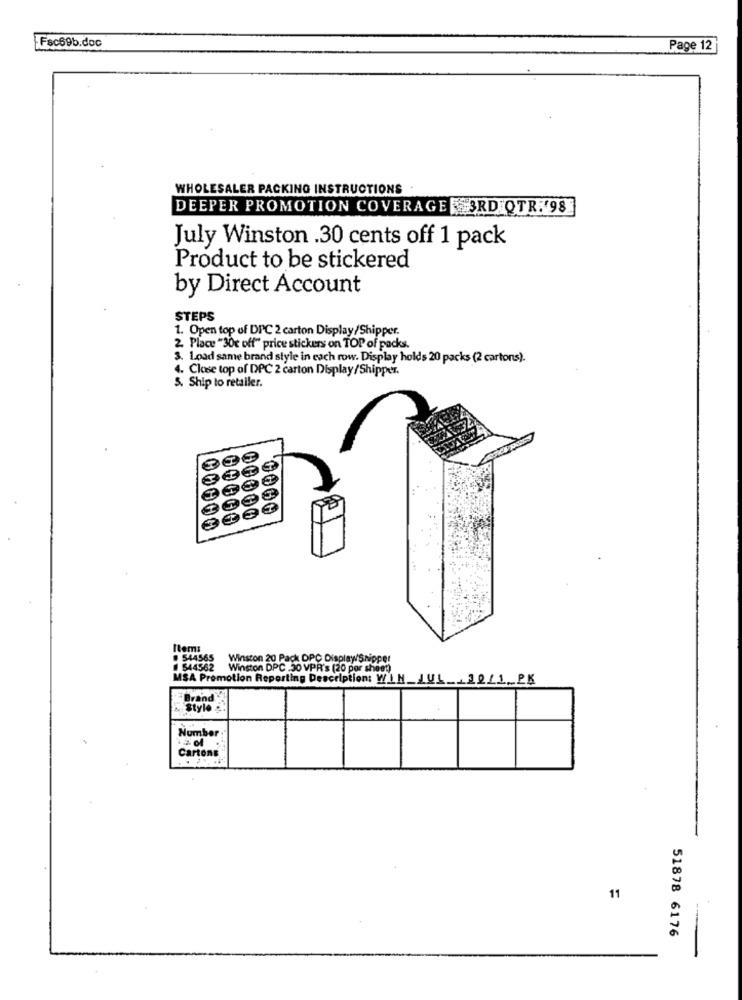
Fac69b.doc
Page 12
WHOLESALER PACKING INSTRUCTIONS
DEEPER PROMOTION COVERAGE 3RD QTR. 98
July Winston .30 cents off 1 pack
Product to be stickered
by Direct Account
STEPS
1. Open top of DIC 2 carton Display/Shipper.
2. Place "30c off" price stickers on TOP of packs.
3. Load same brand style in each row. Display holds 20 packs (2 cartons).
4. Close top of DPC 2 carton Display/Shipper.
5. Ship to retailer.
Items
. 544565 Winston 20 Pack DPC DisplaySnipper
544562
Winston DPC .30 VPR's (20 por sheet)
MSA Promotion Reporting Description: WIN_JUL __ 30/1_PK
Brand
Number
Cartoni
11
51878 6176